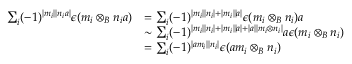
\begin{array} { r l } { \sum _ { i } ( - 1 ) ^ { | m _ { i } | | n _ { i } a | } \epsilon ( m _ { i } \otimes _ { B } n _ { i } a ) } & { = \sum _ { i } ( - 1 ) ^ { | m _ { i } | | n _ { i } | + | m _ { i } | | a | } \epsilon ( m _ { i } \otimes _ { B } n _ { i } ) a } \\ & { \sim \sum _ { i } ( - 1 ) ^ { | m _ { i } | | n _ { i } | + | m _ { i } | | a | + | a | | m _ { i } \otimes n _ { i } | } a \epsilon ( m _ { i } \otimes _ { B } n _ { i } ) } \\ & { = \sum _ { i } ( - 1 ) ^ { | a m _ { i } | | n _ { i } | } \epsilon ( a m _ { i } \otimes _ { B } n _ { i } ) } \end{array}